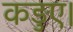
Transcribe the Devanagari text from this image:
कड़ुए।